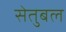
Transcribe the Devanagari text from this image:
सेतुबल